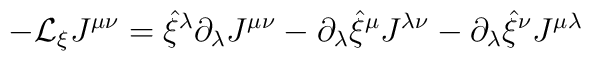
-{\cal L}_{\xi} J^{\mu\nu} = \hat \xi^{\lambda} \partial_{\lambda}  J^{\mu\nu}-\partial_\lambda  \hat \xi^\mu  J^{\lambda\nu} - \partial_\lambda  \hat \xi^\nu J^{\mu\lambda}